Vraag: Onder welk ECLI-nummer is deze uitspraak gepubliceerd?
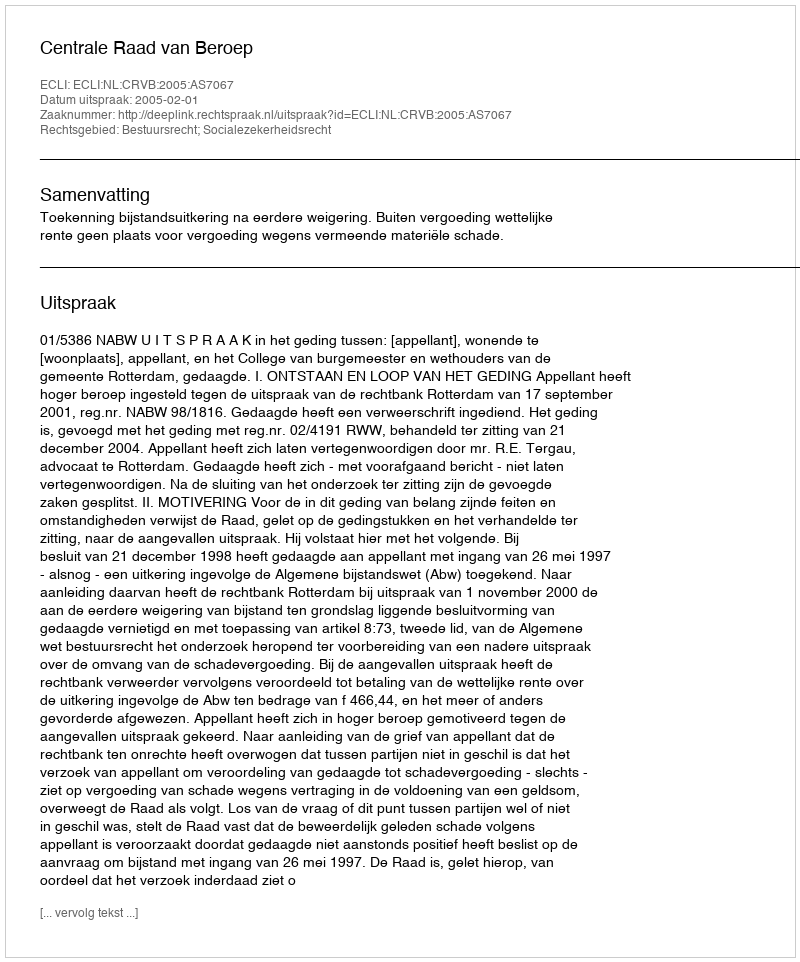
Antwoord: ECLI:NL:CRVB:2005:AS7067